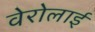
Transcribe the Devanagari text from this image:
वेरोलाई